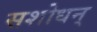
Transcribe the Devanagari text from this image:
सशोधन्